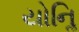
યોનિૢ